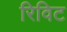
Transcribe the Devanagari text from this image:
रिविट